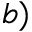
b )